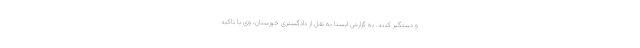
و دستگیر کنند. به گزارش ایسنا به نقل از دادگستری خوزستان، وی با تاکید